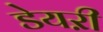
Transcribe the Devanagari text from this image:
डेयऱी